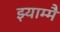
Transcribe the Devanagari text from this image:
झ्याम्मै